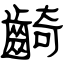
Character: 齮